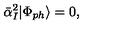
\bar { \alpha } _ { I } ^ { 2 } | \Phi _ { p h } \rangle = 0 ,